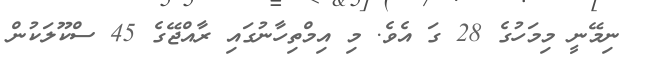
ނިމޭނީ މިމަހުގެ 28 ގަ އެވެ. މި އިމްތިހާނުގައި ރާއްޖޭގެ 45 ސްކޫލަކުން